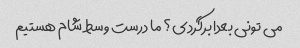
می تونی بعدا برگردی؟ ما درست وسط شام هستیم